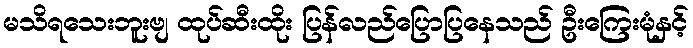
မသိရသေးဘူးဗျ ထုပ်ဆီးထိုး ပြန်လည်ပြောပြနေသည် ဦးကြေးမုံနှင့်